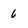
Character: 6